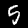
Label: 5